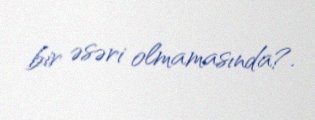
bir əsəri olmamasında?.